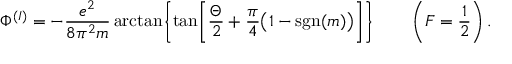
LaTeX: \Phi ^ { ( I ) } = - { \frac { e ^ { 2 } } { 8 \pi ^ { 2 } m } } \arctan \biggl \{ \tan \biggl [ { \frac { \Theta } { 2 } } + { \frac { \pi } { 4 } } \bigl ( 1 - \mathrm { s g n } ( m ) \bigr ) \biggr ] \biggr \} \qquad \left( F = \frac { 1 } { 2 } \right) .